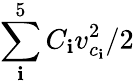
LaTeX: \sum_{\mathbf{i}}^{5}C_{\mathbf{i}}v_{c_{\mathbf{i}}}^{2}/2